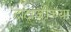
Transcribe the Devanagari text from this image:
दादाजींच्या